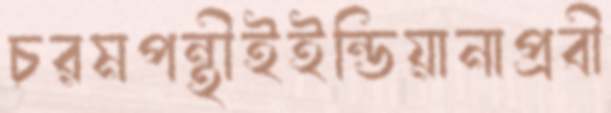
চরমপন্থীইইন্ডিয়ানাপ্রবী